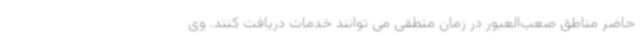
حاضر مناطق صعب‌العبور در زمان منطقی می توانند خدمات دریافت کنند. وی